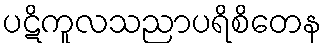
ပဋိကူလသညာပရိစိတေန